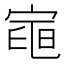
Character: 𭔌